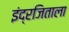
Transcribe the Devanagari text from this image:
इंद्रजिताला